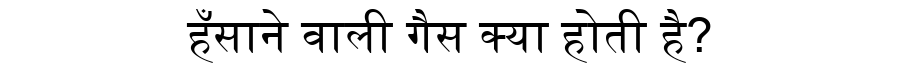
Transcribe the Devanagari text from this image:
हँसाने वाली गैस क्या होती है?